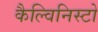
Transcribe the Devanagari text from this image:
कैल्विनिस्टो